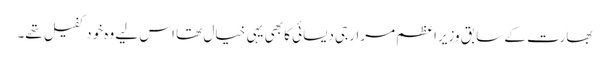
بھارت کے سابق وزیراعظم مرارجی دیسائی کا بھی یہی خیال تھا اس لیے وہ خود کفیل تھے۔